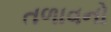
તળાવનો